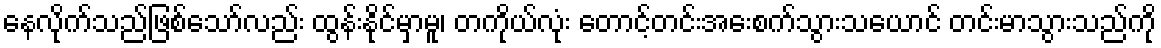
နေလိုက်သည်ဖြစ်သော်လည်း ထွန်းနိုင်မှာမူ၊ တကိုယ်လုံး တောင့်တင်းအေးစက်သွားသယောင် တင်းမာသွားသည်ကို